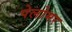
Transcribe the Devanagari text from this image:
पेलोमर